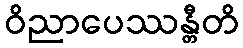
ဝိညာပေဿန္တီတိ